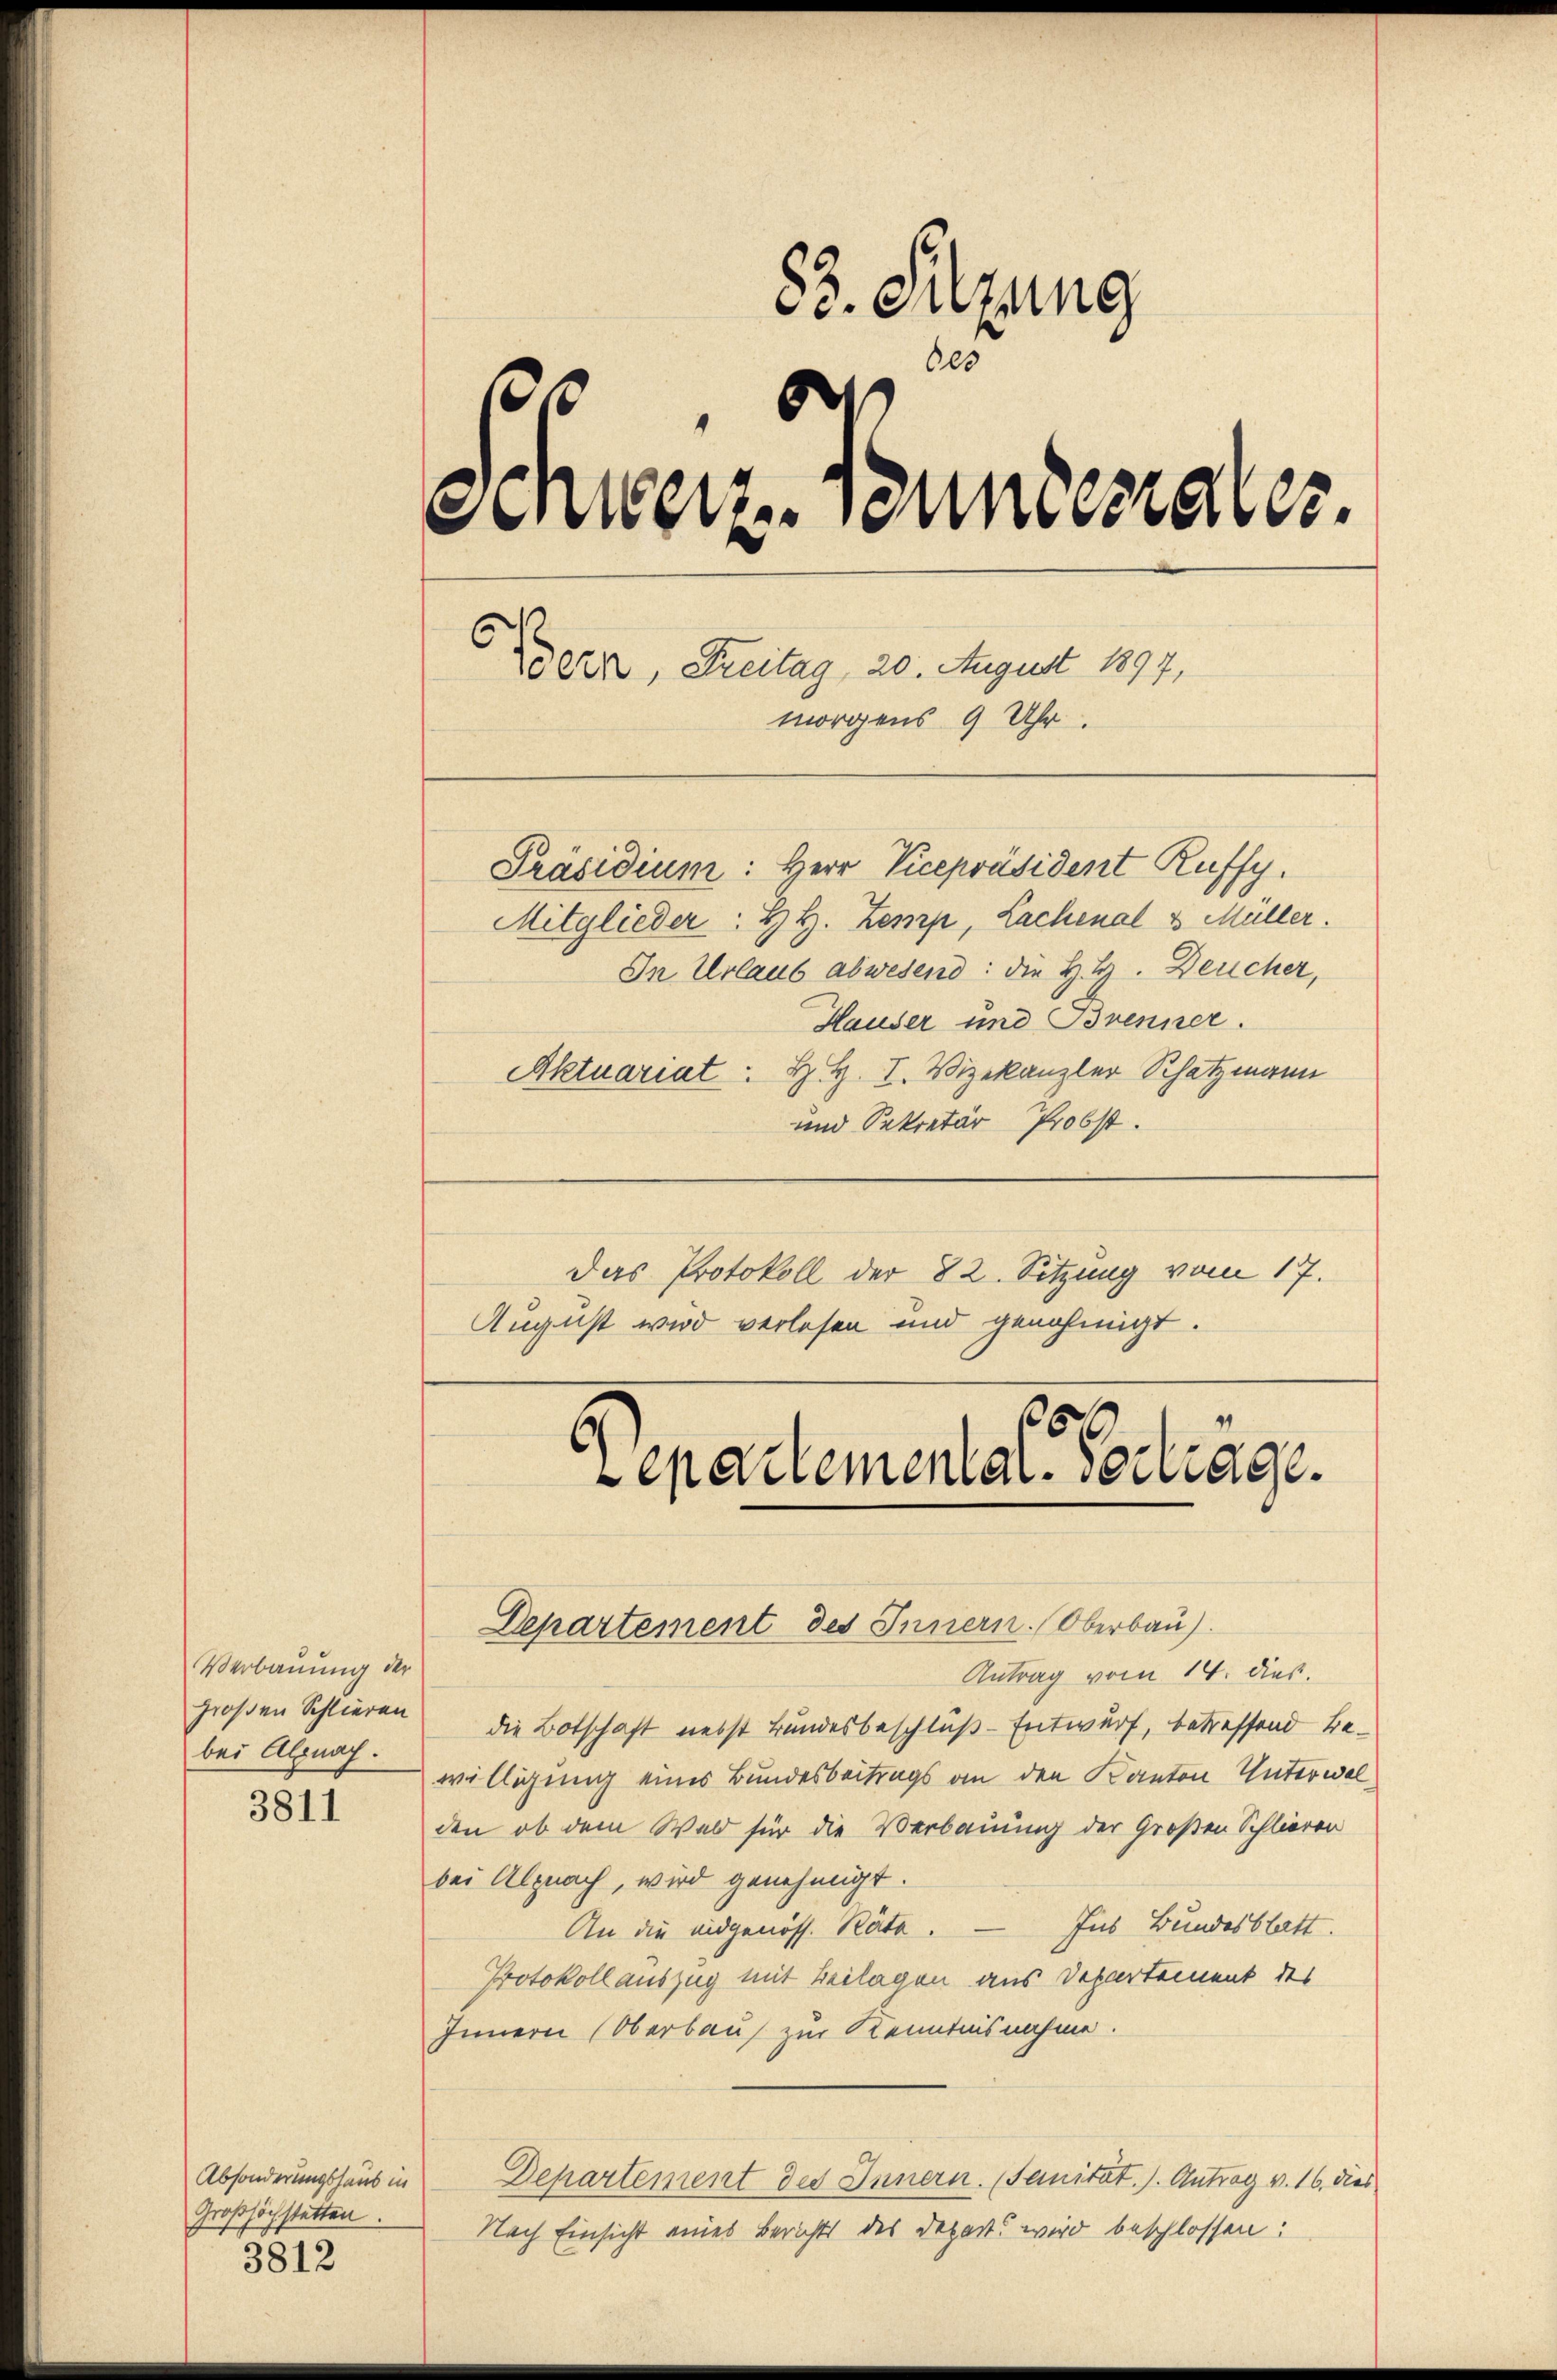
Verbauung der
bei Alpnag.

3811

Absonderungshaus in
Großhöchstetten.
3812

83. Sitzung
de
Sinterz. Sonnerrates.
Bezz, Freitag, 20. August 1897,
morgens 9 Uhr.
Präsidium: Herr Vicepräsident Ruffy.
Mitglieder: H. H. Zemp, Lachenal & Müller.
In Urlaub abwesend: die H. H. Deucher,
Hauser und Brenner.
Aktuariat: H. H. I. Vizekanzler Schatzmann

und Sekretär Probst.
Das Protokoll der 82. Sitzung vom 17.
August wird verlesen und genehmigt.

1
epartemental. Vertrage.
Departement des Innern. Oberbau).

Antrag vom 14. dies.
großen Schlieren die Botschaft nebst Bundesbeschluß-Entwurf, betreffend Bewilligung eines Bundesbeitrags an den Kanton Unterwalden, ob dem Wald für die Verbauung der Großen Schlieren
bei Alpnach, wird genehmigt.
An die eidgenöss. Räte. — Jus Bundesblatt.
Protokoll auszug mit Beilagen aus Departement des
Innern Oberbaus zur Kenntnisnahme.
Departement des Innern. (Sanitat. s. Antrag v. 16. dies
Nach Einsicht eines Berichts des Depart wird beschlossen: